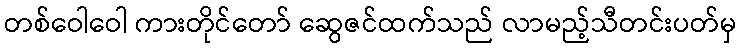
တစ်ဝေါဝေါ ကားတိုင်တော် ဆွေဇင်ထက်သည် လာမည့်သီတင်းပတ်မှ